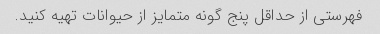
فهرستی از حداقل پنج گونه متمایز از حیوانات تهیه کنید.